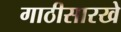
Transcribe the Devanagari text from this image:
गाठीसारखे